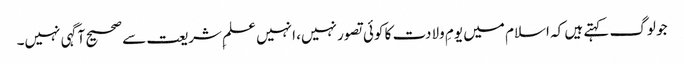
جو لوگ کہتے ہیں کہ اسلام میں یومِ ولادت کا کوئی تصور نہیں، انہیں علمِ شریعت سے صحیح آگہی نہیں۔